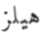
هيلز